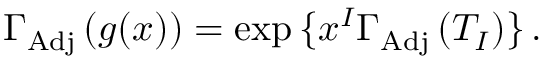
\Gamma _ { \mathrm { A d j } } \, ( g ( x ) ) = \exp { \{ x ^ { I } \Gamma _ { \mathrm { A d j } } \, ( T _ { I } ) \} } \, .